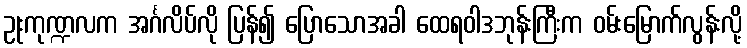
ဥုးကုဏ္ဍလက အင်္ဂလိပ်လို ပြန်၍ ပြောသောအခါ ထေရဝါဒဘုန်းကြီးက ဝမ်းမြောက်လွန်းလို့